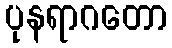
ပုနရာဂတော